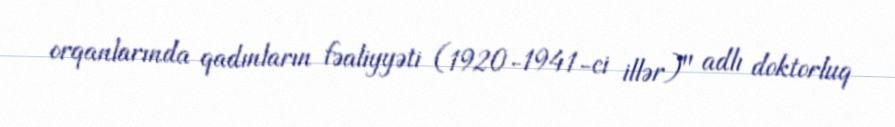
orqanlarında qadınların fəaliyyəti (1920-1941-ci illər)" adlı doktorluq